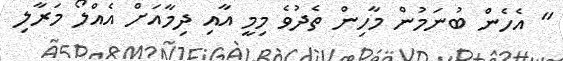
" އެހެން ބުނަމުން މާހިން ތެދުވެ މިމީ އާއި ދިމާއަށް އެއްލޯ މަރާލި